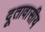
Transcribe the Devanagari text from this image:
दूतावासीय